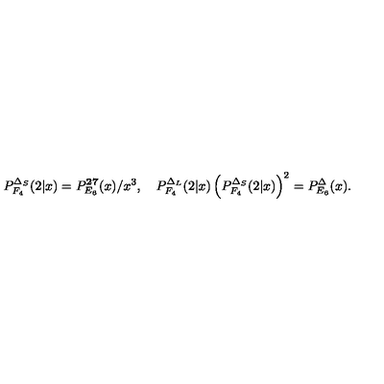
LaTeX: P _ { F _ { 4 } } ^ { \Delta _ { S } } ( 2 | x ) = P _ { E _ { 6 } } ^ { \bf 2 7 } ( x ) / x ^ { 3 } , \quad P _ { F _ { 4 } } ^ { \Delta _ { L } } ( 2 | x ) \left( P _ { F _ { 4 } } ^ { \Delta _ { S } } ( 2 | x ) \right) ^ { 2 } = P _ { E _ { 6 } } ^ { \Delta } ( x ) .